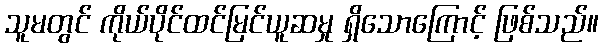
သူမတွင် ကိုယ်ပိုင်ထင်မြင်ယူဆမှု ရှိသောကြောင့် ဖြစ်သည်။